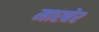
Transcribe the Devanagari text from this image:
मारबेर